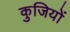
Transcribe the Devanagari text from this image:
कुजियों